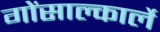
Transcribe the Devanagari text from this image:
गोंसाल्कार्ले